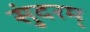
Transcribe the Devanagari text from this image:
सुंदरम्‌